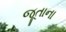
જૂતાના